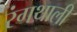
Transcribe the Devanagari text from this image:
रंगथाली